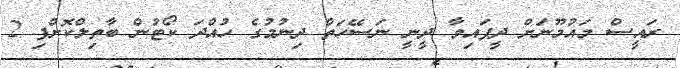
ރައީސް މައުމޫނަށް ދީފައިވާ ދީނީ ނަސޭހަތް ދިނުމުގެ ހުއްދަ ކޯޓުން ބާތިލްކޮށްފި 2